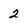
Character: 2